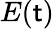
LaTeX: E(\mathsf{t})